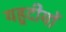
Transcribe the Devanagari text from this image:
यहूदीयों